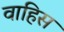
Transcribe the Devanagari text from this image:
वाहिस